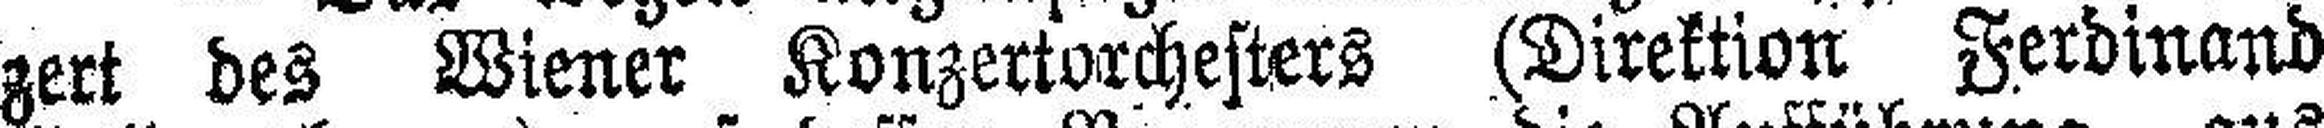
zert des Wiener Konzertorchesters (Direktion Ferdinand